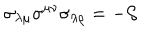
\sigma _ { \lambda \mu } \sigma ^ { \mu \nu } \sigma _ { \lambda \rho } = - { \cal S }